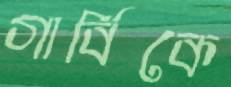
গার্বিকে